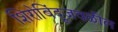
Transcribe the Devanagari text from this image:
शिरोबिंदूजवळील